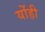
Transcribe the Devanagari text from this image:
योंही